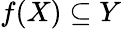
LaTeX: f(X)\subseteq Y